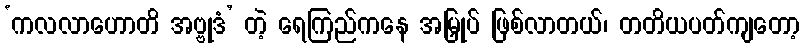
‘ကလလာဟောတိ အဗ္ဗုဒံ’ တဲ့ ရေကြည်ကနေ အမြှုပ် ဖြစ်လာတယ်၊ တတိယပတ်ကျတော့